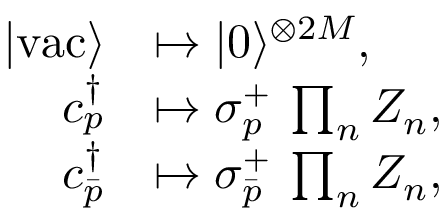
\begin{array} { r l } { | \mathrm { v a c } \rangle } & { \mapsto | { 0 } \rangle ^ { \otimes 2 M } , } \\ { { c } _ { p } ^ { \dagger } } & { \mapsto \sigma _ { p } ^ { + } \: \prod _ { n } { Z } _ { n } , } \\ { { c } _ { \bar { p } } ^ { \dagger } } & { \mapsto \sigma _ { \bar { p } } ^ { + } \: \prod _ { n } { Z } _ { n } , } \end{array}